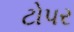
ટોપર